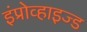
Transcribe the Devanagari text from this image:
इंप्रोव्हाइज्ड